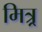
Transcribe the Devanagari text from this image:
मित्र्र